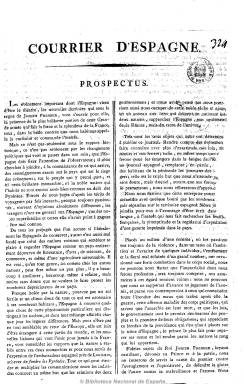
Título: Courrier d'Espagne
Colección: Periódicos anteriores a 1850
Ámbito geográfico: Madrid
Lugar de publicación: Madrid
Fechas: 01/02/1808-01/02/1808

Prospecto de periódico “afrancesado” que, con este título y una frecuencia bisemanal (lunes y jueves), se pretender publicar en Madrid, salido de L’Imprimerie Française, que domicilia en el número 22 de la calle Leganitos de esta ciudad. En dicho impreso, de dos páginas y a dos columnas y escrito en francés, se señala la intención de dedicarlo a artículos sobre literatura, teatro y costumbres españolas, ciencias, agricultura, etc.,  para ser distribuido tanto en la capital española como en París, Toulouse, Burdeos y Estrasburgo. Dicho periódico empezaría a publicarse en marzo, según Gómez Imaz, del año 1808, y, según Checa Godoy, de 1809. Hartzenbusch da noticia de un titulo similar para marzo de 1858, que podría tratarse también de una errata. La publicación de este periódico formaría parte de la política de difusión de las ideas liberales de un grupo de presión francés afín al nuevo monarca José I, que chocarían con el control de la prensa española que su hermano, el emperador, lleva a cabo a través de los oficiales y jefes del ejército napoleónico, por lo que no hay noticia de que llegara a editarse.